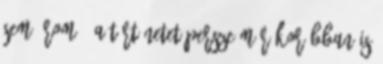
sem írom . A történetet persze már korábban is